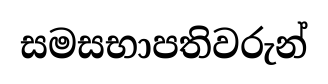
සමසභාපතිවරුන්